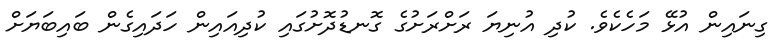
ގިނައިން އުޅޭ މަހެކެވެ. ކުދި އުނިޔަ ރަށްރަށުގެ ގޮނޑުދޮށުގައި ކުދިއައިން ހަދައިގެން ބައިބަޔަށް